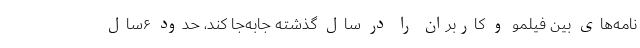
نامه‌های بین فیلمو و کاربران را در سال گذشته جابه‌جا کند، حدود ۶سال